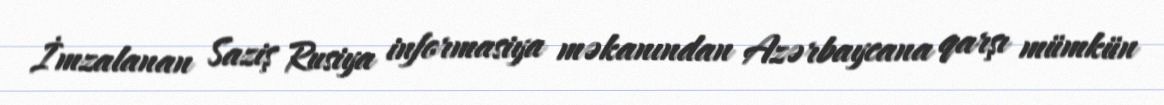
İmzalanan Saziş Rusiya informasiya məkanından Azərbaycana qarşı mümkün